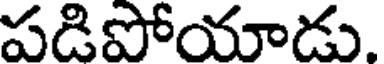
పడిపోయాడు.